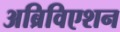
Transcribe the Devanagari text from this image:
अब्रिविएशन